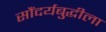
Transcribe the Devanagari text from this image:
सौंदर्यबुद्धीला